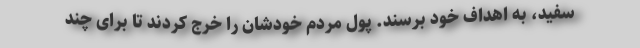
سفید، به اهداف خود برسند. پول مردم خودشان را خرج کردند تا برای چند